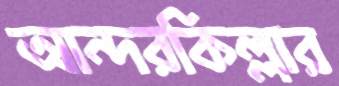
আন্দরকিল্লার